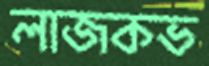
লাজকভ